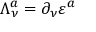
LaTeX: \Lambda _ { \nu } ^ { a } = \partial _ { \nu } \varepsilon ^ { a }